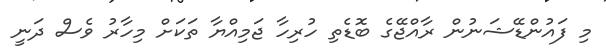
މި ފައުންޑޭޝަނުން ރާއްޖޭގެ ބޮޑެތި ހުރިހާ ޖަމިއްޔާ ތަކަށް މިހާރު ވެސް ދަނީ